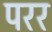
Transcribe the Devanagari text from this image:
परर